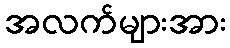
အလက်များအား